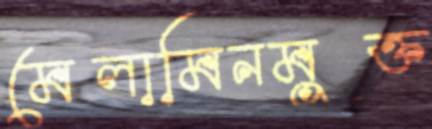
মেলামিনমুক্ত